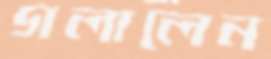
গলালেন